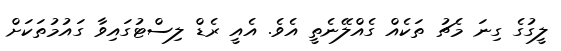
ލީގުގެ ގިނަ މެޗު ތަކެއް ގެއްލޭނެތީ އެވެ. އެއީ ރެޑް ލިސްޓުގައިވާ ގައުމުތަކަށް